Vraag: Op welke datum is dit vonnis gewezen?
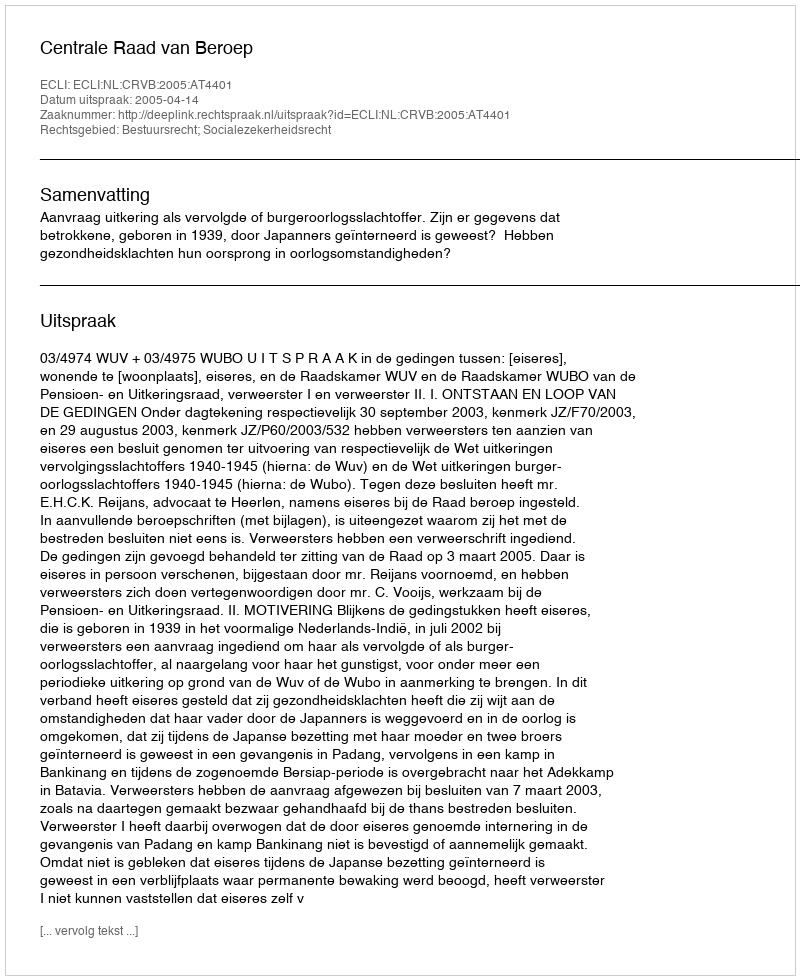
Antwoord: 2005-04-14